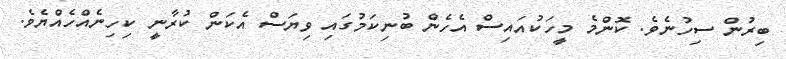
ބިރުން ސިހުނެވެ. ކޮންމެ މީހަކުއައިސް އެހެން ބުނިކަމުގައި ވިޔަސް އެކަން ކުރާނީ ކިހިނެއްހެއްޔެވެ.